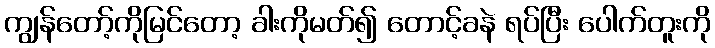
ကျွန်တော့်ကိုမြင်တော့ ခါးကိုမတ်၍ တောင့်ခနဲ ရပ်ပြီး ပေါက်တူးကို